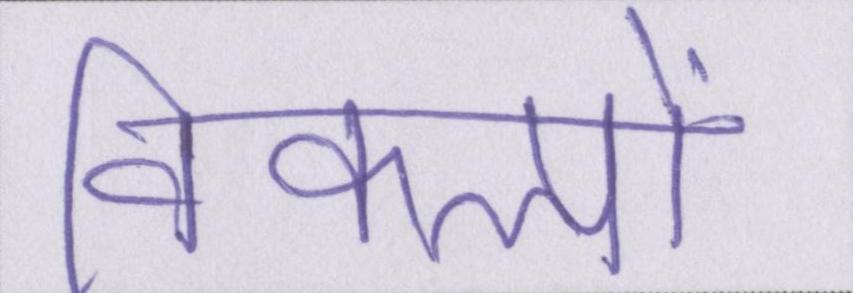
विकल्पों